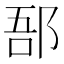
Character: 郚